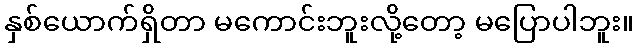
နှစ်ယောက်ရှိတာ မကောင်းဘူးလို့တော့ မပြောပါဘူး။